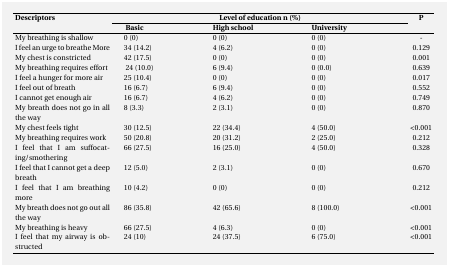
<table><thead><tr><td rowspan="2"><b>Descriptors</b></td><td colspan="3"><b><underline>Level of education n (%)</underline></b></td><td rowspan="2"><b>p</b></td></tr><tr><td><b><underline>Basic</underline></b></td><td><b>High school</b></td><td><b>University</b></td></tr></thead><tbody><tr><td><b>My breathing is shallow</b></td><td>0 (0)</td><td>0 (0)</td><td>0 (0)</td><td>-</td></tr><tr><td><b>I feel an urge to breathe more</b></td><td>34 (14.2)</td><td>4 (6.2)</td><td>0 (0)</td><td>0.129</td></tr><tr><td><b>My chest is constricted </b></td><td>42 (17.5)</td><td>0 (0)</td><td>0 (0)</td><td>0.001</td></tr><tr><td><b>My breathing requires effort </b></td><td>24 (10.0)</td><td>6 (9.4)</td><td>0 (0.0)</td><td>0.639</td></tr><tr><td><b>I feel a hunger for more air</b></td><td>25 (10.4)</td><td>0 (0)</td><td>0 (0)</td><td>0.017</td></tr><tr><td><b>I feel out of breath</b></td><td>16 (6.7)</td><td>6 (9.4)</td><td>0 (0)</td><td>0.552</td></tr><tr><td><b>I cannot get enough air</b></td><td>16 (6.7)</td><td>4 (6.2)</td><td>0 (0)</td><td>0.749</td></tr><tr><td><b>My breath does not go in all the way</b></td><td>8 (3.3)</td><td>2 (3.1)</td><td>0 (0)</td><td>0.870</td></tr><tr><td><b>My chest feels tight</b></td><td>30 (12.5)</td><td>22 (34.4)</td><td>4 (50.0)</td><td>&lt;0.001</td></tr><tr><td><b>My breathing requires work</b></td><td>50 (20.8)</td><td>20 (31.2)</td><td>2 (25.0)</td><td>0.212</td></tr><tr><td><b>I feel that I am suffocating/smothering</b></td><td>66 (27.5)</td><td>16 (25.0)</td><td>4 (50.0)</td><td>0.328</td></tr><tr><td><b>I feel that I cannot get a deep breath</b></td><td>12 (5.0)</td><td>2 (3.1)</td><td>0 (0)</td><td>0.670</td></tr><tr><td><b>I feel that I am breathing more</b></td><td>10 (4.2)</td><td>0 (0)</td><td>0 (0)</td><td>0.212</td></tr><tr><td><b>My breath does not go out all the way</b></td><td>86 (35.8)</td><td>42 (65.6)</td><td>8 (100.0)</td><td>&lt;0.001</td></tr><tr><td><b>My breathing is heavy</b></td><td>66 (27.5)</td><td>4 (6.3)</td><td>0 (0)</td><td>&lt;0.001</td></tr><tr><td><b>I feel that my airway is obstructed</b></td><td>24 (10)</td><td>24 (37.5)</td><td>6 (75.0)</td><td>&lt;0.001</td></tr></tbody></table>